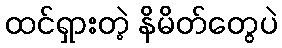
ထင်ရှားတဲ့ နိမိတ်တွေပဲ